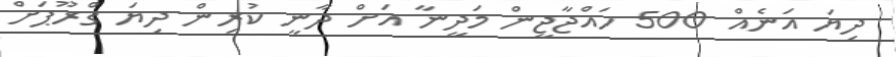
ދިޔަ އަނެއް 500 ހައްޖާޖީން މަދީނާ އަށް ދާނީ ކުރިން ދިޔަ ގްރޫޕަށް